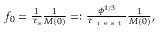
\begin{array} { r } { f _ { 0 } = \frac { 1 } { \tau _ { s } } \frac { 1 } { M ( 0 ) } = : \frac { \phi ^ { 1 / 3 } } { \tau _ { \mathrm { ~ r ~ e ~ s ~ t ~ } } } \frac { 1 } { M ( 0 ) } , } \end{array}